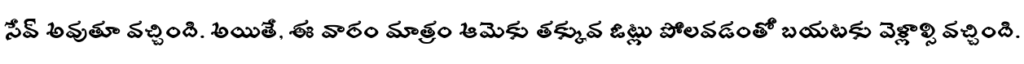
సేవ్ అవుతూ వచ్చింది. అయితే, ఈ వారం మాత్రం ఆమెకు తక్కువ ఓట్లు పోలవడంతో బయటకు వెళ్లాల్సి వచ్చింది.